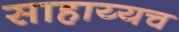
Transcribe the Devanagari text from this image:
साहाय्यच